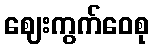
ဈေးကွက်ဝေစု